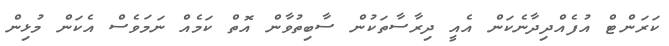
ކަރަންޓް އުފެއްދިދާނެކަން އެއީ ދިރާސާތަކުން ސާބިތުވާން އޮތް ކަމެއް ނަމަވެސް އެކަން މުޅިން